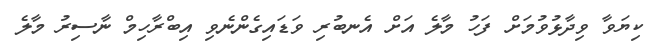
ކިޔަވާ ވިދާޅުވުމަށް ފަހު މާލެ އަށް އެނބުރި ވަޑައިގެންނެވި އިބްރާހިމް ނާސިރު މާލެ